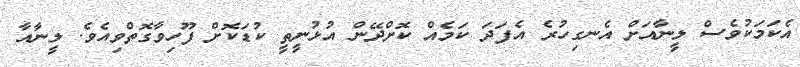
އެކަމަކުވެސް ލީނާއަށް އެނގިހުރެ އެފަދަ ކަމެއް ކޮށްދޭން އުޅުނީތީ ކުޑަކޮށް ފޫހިވާގޮތްވިއެވެ. ލީނާއާ